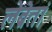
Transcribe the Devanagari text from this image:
लेब्रेतां